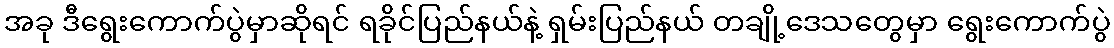
အခု ဒီရွေးကောက်ပွဲမှာဆိုရင် ရခိုင်ပြည်နယ်နဲ့ ရှမ်းပြည်နယ် တချို့ဒေသတွေမှာ ရွေးကောက်ပွဲ